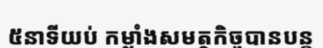
៥នាទីយប់ កម្លាំងសមត្ថកិច្ចបានបន្ត